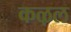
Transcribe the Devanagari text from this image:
कऴल